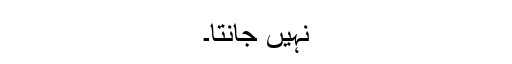
نہیں جانتا۔